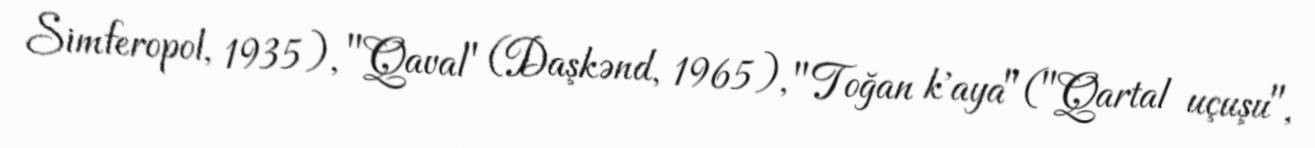
Simferopol, 1935), "Qaval" (Daşkənd, 1965), "Toğan k'aya" ("Qartal uçuşu",